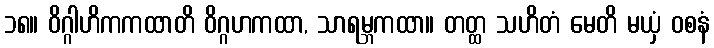
၁၈။ ဝိဂ္ဂါဟိကကထာတိ ဝိဂ္ဂဟကထာ, သာရမ္ဘကထာ။ တတ္ထ သဟိတံ မေတိ မယှံ ဝစနံ